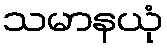
သမာနယုံ